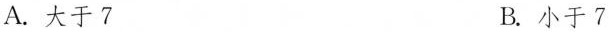
A.大于7 B.小于7